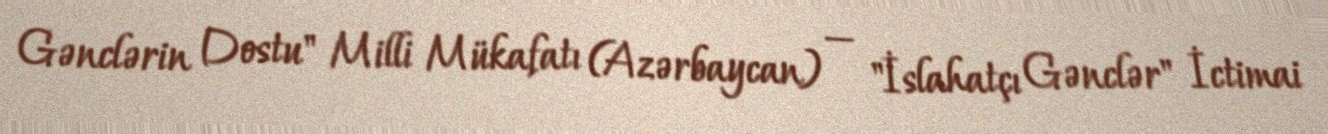
Gənclərin Dostu" Milli Mükafatı (Azərbaycan) — "İslahatçı Gənclər" İctimai